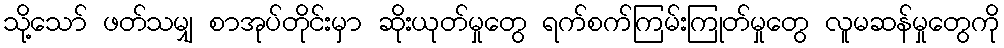
သို့သော် ဖတ်သမျှ စာအုပ်တိုင်းမှာ ဆိုးယုတ်မှုတွေ ရက်စက်ကြမ်းကြုတ်မှုတွေ လူမဆန်မှုတွေကို